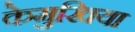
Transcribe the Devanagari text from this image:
केमुखिया